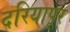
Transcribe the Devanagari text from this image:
दरियापूर